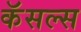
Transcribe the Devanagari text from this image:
कॅसल्स